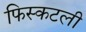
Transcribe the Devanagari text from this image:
फिस्कटली